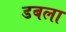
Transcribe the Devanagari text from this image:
डबला